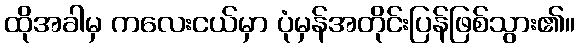
ထိုအခါမှ ကလေးငယ်မှာ ပုံမှန်အတိုင်းပြန်ဖြစ်သွား၏။